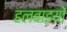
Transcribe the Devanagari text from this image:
हलवाइयों